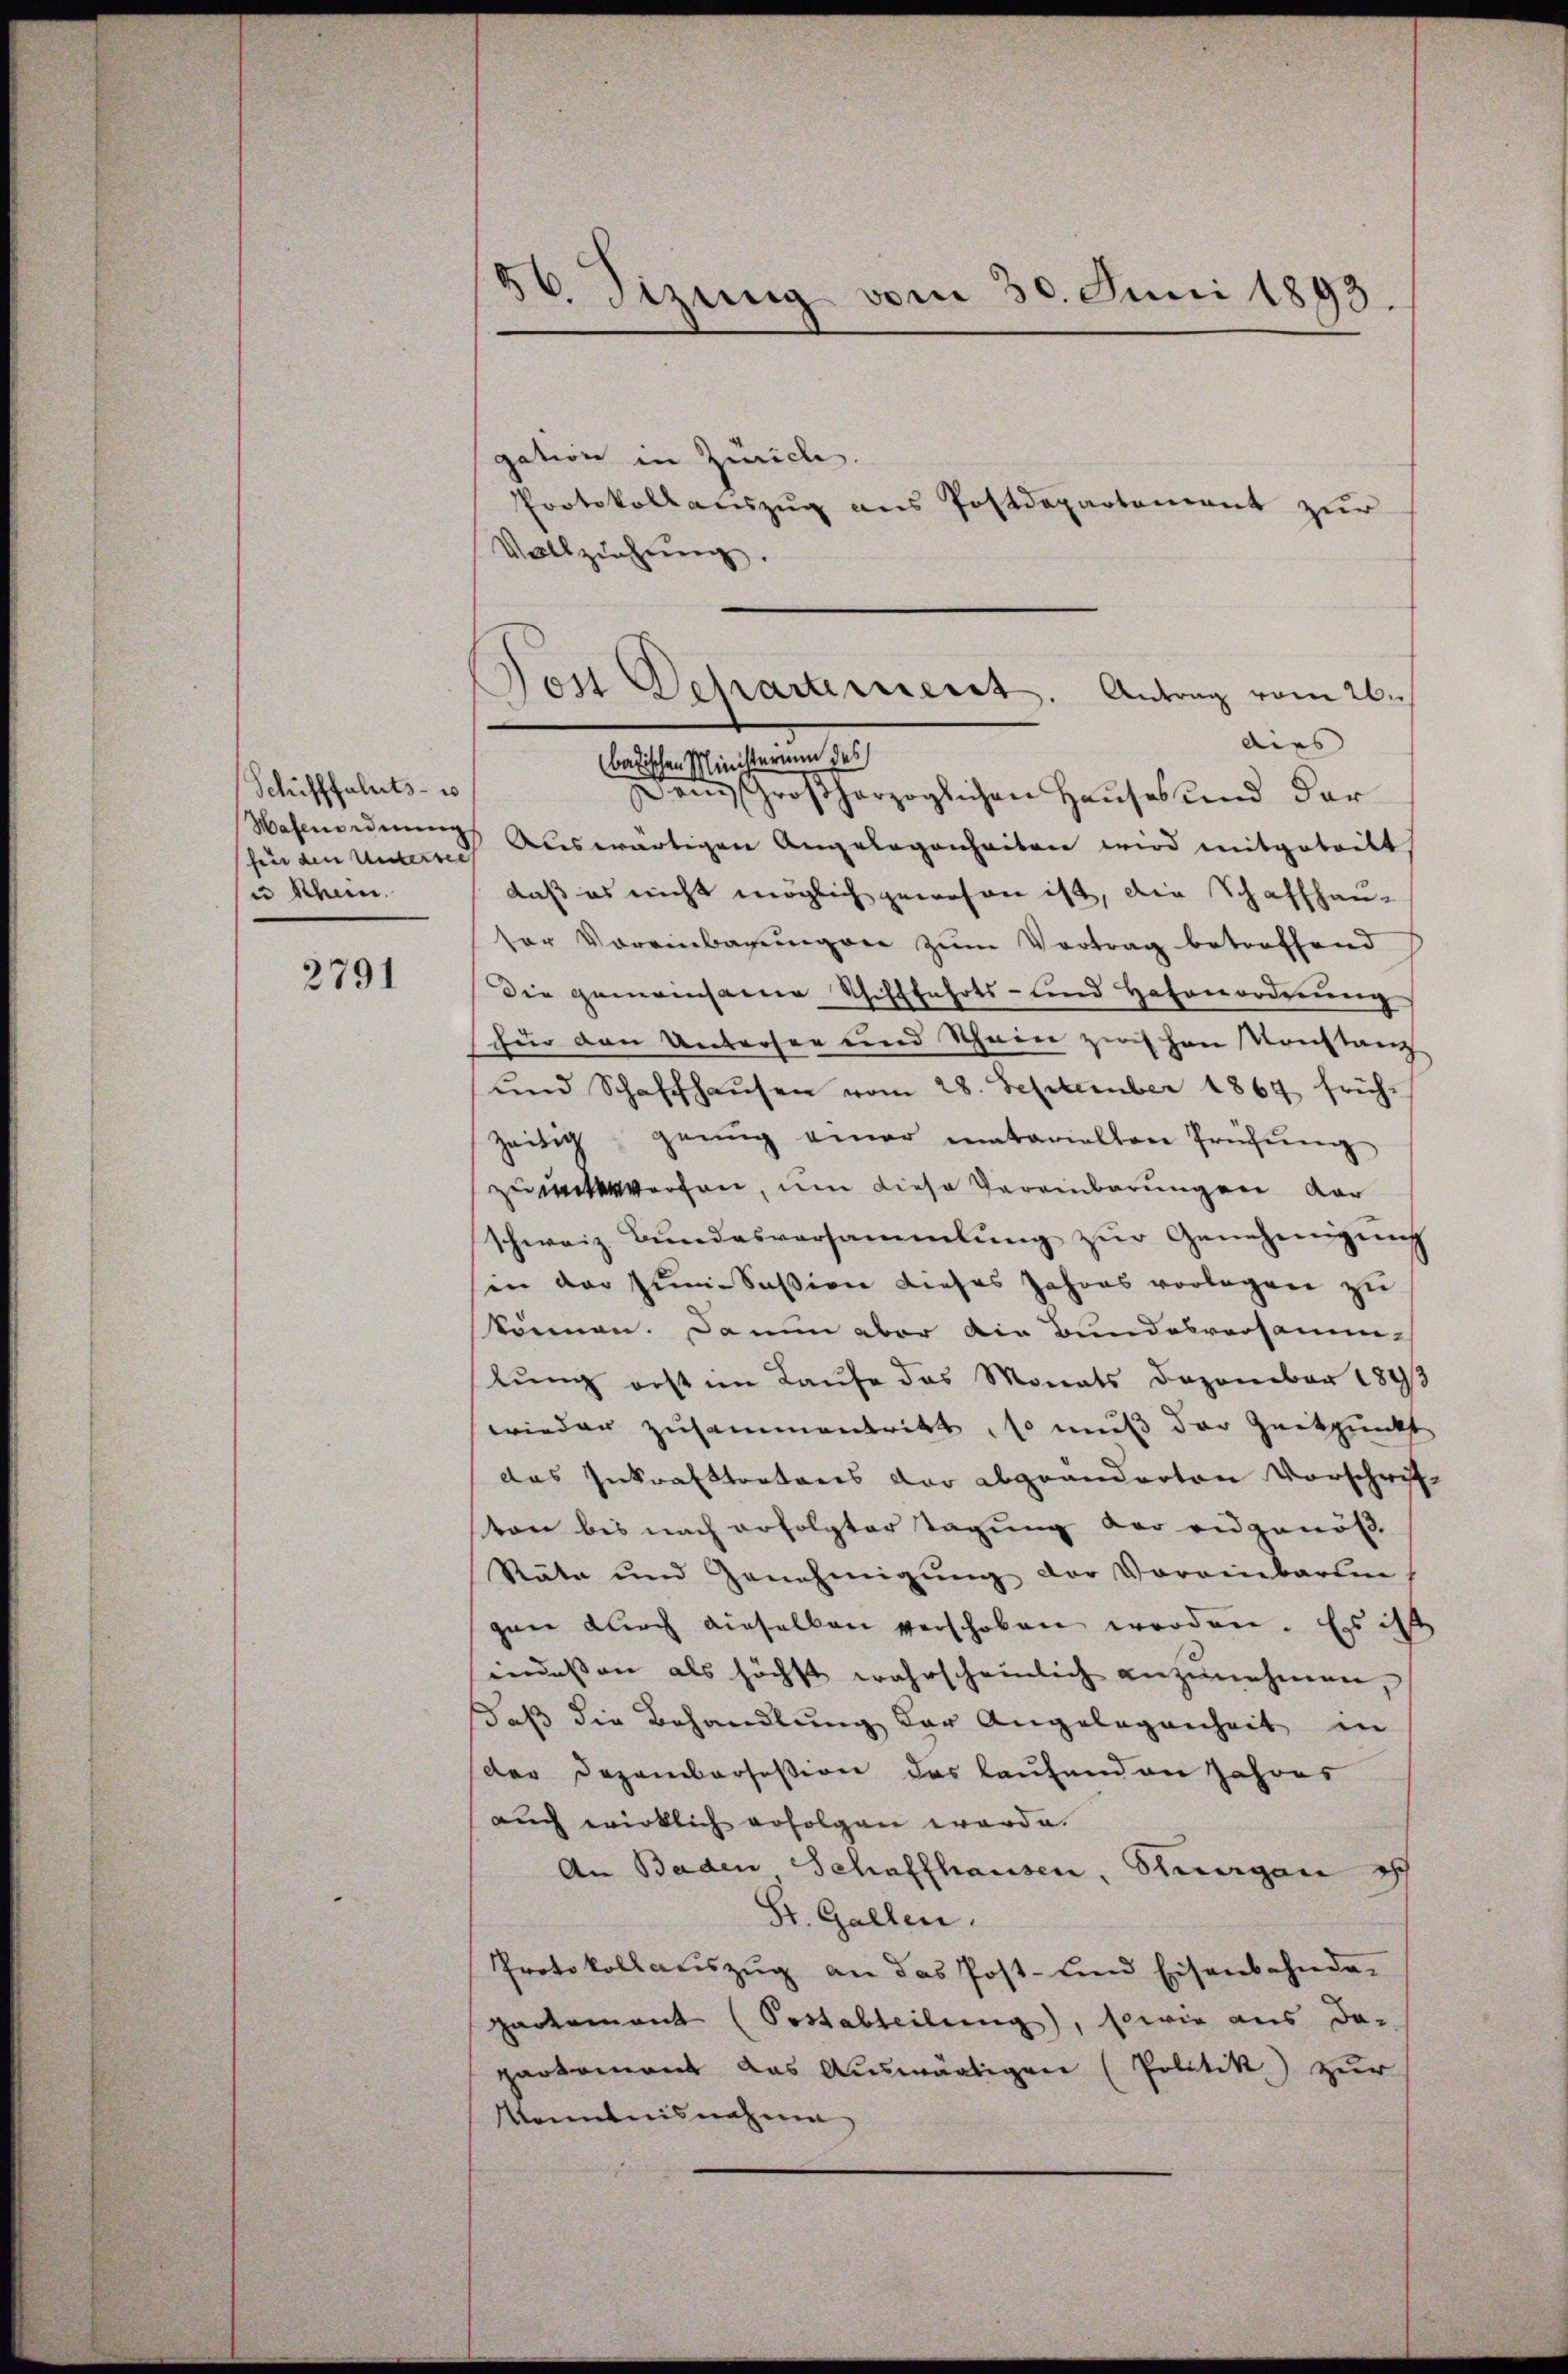
Schifffahrts- u
Wafenordnung
für den Untersee
u Schein.

2791

56. Sizung vom 30. Juni 1893.

gation in Zürich.
Protokollauszug aus Postdepartement zur
Vollziehung.
Dem Großherzoglichen Hauses und der
Auswärtigen Angelegenheiten wird mitgeteilt
daß es nicht möglich gewesen ist, die Schaffhausor Voreinbarŭngser zum Vortrag betreffend
Die gemeinsame Schifffahrts- und Hafenordnung
fur den Unterser und Schein zwischen Konstanz
und Schaffhaŭsen vom 28. September 1864 früh-
zeitig genug einer matarialten Prüfung
zuwittwerfen, um diese Vereinbarungen dar
schweiz. Bundesversammlung zŭr Genehmigung
sin der Zum-Sasion dieses Jahres vorlegen zu
können. Da nun aber die Bundesversammlung erst im Laufe das Monats Dezember 1893
wieder zusammentritt, so muß der Zeitpunkt
das Inkrafttrators der abgeänderten Vorschrift
ton bis nach erfolgter Tagung der eidgenöß
Räte und Genehmigŭng der Voreinbaren,
gen durch dieselben verschoben worden. Es ist
indessen als höchst wahrscheinlich anzunehmen,
daß die Behandlung der Angelegenheit in
der Dezembersesion das laufenden Jahres
auch wirklich erfolgen werde.
An Baden Schaffhausen, Steuergan ich
St. Gallen.
Protokollaŭszŭg an das Post- und Eisenbahnda-
partement (Sostabteilung), sowie aus da-
partemont das Auswärtigen (Politik zur
Monntnisnahme

Jost Departement. Antrag vom 26.
dies |
badischen Ministerium des